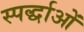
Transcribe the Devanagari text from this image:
स्पर्द्धाओं